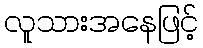
လူသားအနေဖြင့်